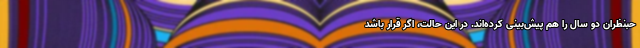
حبنظران دو سال را هم پیش‌بینی کرده‌اند. در این حالت، اگر قرار باشد